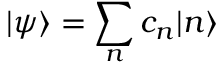
| \psi \rangle = \sum _ { n } c _ { n } | n \rangle